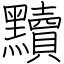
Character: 黷